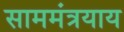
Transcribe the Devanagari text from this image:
साममंत्रयाय